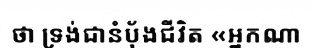
ថា ទ្រង់ជានំប៉័ងជីវិត «អ្នកណា